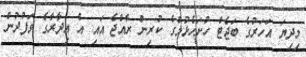
މިދިޔަ އަހަރުގެ ބަޖެޓް ހުށަހެޅުމުގެ ކުރިން ރާއްޖެ އައި އެ އިދާރާގެ ވަފުދުން